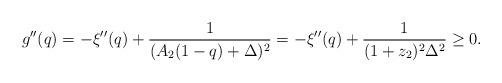
LaTeX: \begin{align*} g''(q) = -\xi''(q)+\frac1{(A_2(1-q)+\Delta)^2}= -\xi''(q) +\frac1{(1+z_2)^2 \Delta^2}\ge0. \end{align*}